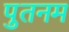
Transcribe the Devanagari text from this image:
पुतनम